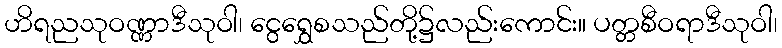
ဟိရညသုဝဏ္ဏာဒီသုဝါ၊ ငွေရွှေစသည်တို့၌လည်းကောင်း။ ပတ္တစီဝရာဒီသုဝါ၊